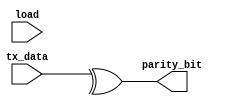
module parity_generator 
(
 input  [7:0] tx_data,
 input        load,  // it is useless but making according to the diagram
 output       parity_bit

);

assign parity_bit = ^tx_data;

endmodule